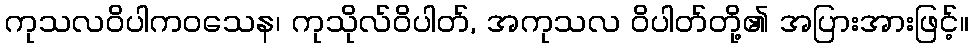
ကုသလဝိပါကဝသေန၊ ကုသိုလ်ဝိပါတ်, အကုသလ ဝိပါတ်တို့၏ အပြားအားဖြင့်။